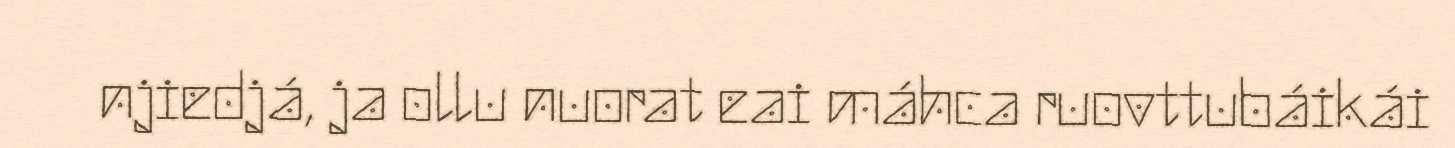
njiedjá, ja ollu nuorat eai máhca ruovttubáikái